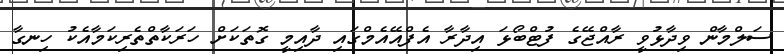
ސަލްމާން ވިދާޅުވީ ރާއްޖޭގެ ފުޓްބޯޅަ އިދާރާ އެފްއޭއެމްގައި ދާއިމީ ގޮތަކަށް ހަރަކާތްތެރިކަމާއެކު ހިނގާ